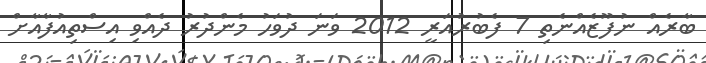
ބާރެއް ނުފޫޒެއްނެތި 7 ފެބުރުއަރީ 2012 ވަނަ ދުވަހު މެންދުރު ދެއްވި އިސްތިއުފާއާށް